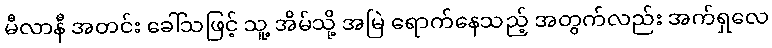
မီလာနီ အတင်း ခေါ်သဖြင့် သူ့ အိမ်သို့ အမြဲ ရောက်နေသည့် အတွက်လည်း အက်ရှလေ